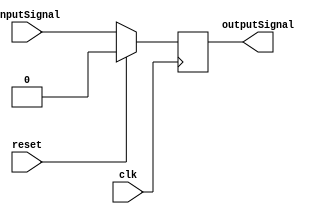
/**************************************************************************************************
*                  <2019> Interceptor
*          Please refer to license.txt for the 
*          legal contents of this software build
***************************************************************************************************
*Project:          Verilog Modules
*Description:      This file takes one input, a clock and outputs one signal
***************************************************************************************************
*Change History:
*   Version        Date            Author          Description
*   -------        ----            ------          -----------
*   1.0            17/03/18        Rubber-Duck-999 Creation of file
*
***************************************************************************************************
*Logic table:
*   Input 1    |    Clock      |    Reset      |    Output
*   -----      |    -----      |    -----      |    ------
*   0          |    0          |    0          |    0
*   1          |    1          |    0          |    0
*   1          |    0          |    0          |    1
*   1          |    1          |    0          |    1
*   1          |    0          |    0          |    0
*   1          |    1          |    1          |    0
*   1          |    0          |    0          |    0
*   1          |    1          |    0          |    1
*   0          |    0          |    0          |    1
*   0          |    1          |    0          |    0
*   0          |    0          |    0          |    0
*
***************************************************************************************************
*Parameters:
*   Name              Direction       Description
*   ----              ---------       ----
*   inputSignal       Input           This is the input signal
*   clk               Input           This is the clock signal
*   reset             Input           This is the reset signal
*   outputSignal      Output          This is the output boolean signal 
*
***************************************************************************************************/
module MUX8_1
(
    inputSignal,
	clk,
	reset,
    outputSignal
);

input  inputSignal;
input  clk;
input  reset;

output outputSignal;

reg    outputSignal;

always @(posedge clk)
  begin
    if ( reset )
	  outputSignal <= 1'b0;
	else
	  outputSignal <= inputSignal;
    end
endmodule